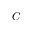
C